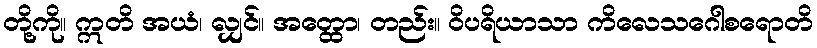
တို့ကို။ ဣတိ အယံ၊ လျှင်။ အတ္ထော၊ တည်း။ ဝိပရိယာသာ ကိလေသဂေါစရောတိ